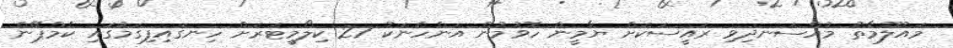
މައުލޫމާތު މުއްސަނދިވި ރައީސަކަށް ޔާމީން ހޮވުމުން އަންހެނަކު 27 ކިލޯމީޓަރަށް ހިނގައިފިގަމުގައި ކެމްޕޭން